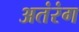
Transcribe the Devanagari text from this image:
अतंरंग